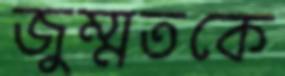
জুম্মতকে